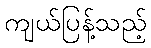
ကျယ်ပြန့်သည့်